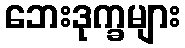
ဘေးဒုက္ခများ